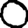
Digit: 0